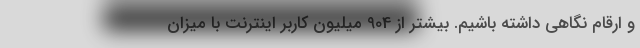
و ارقام نگاهی داشته باشیم. بیشتر از 904 میلیون کاربر اینترنت با میزان